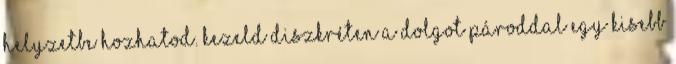
helyzetbe hozhatod. Kezeld diszkréten a dolgot Pároddal egy kisebb